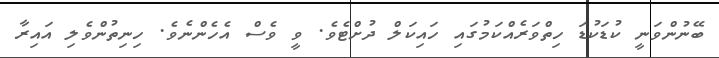
ބޭނުންވަނީ ކުޑަކުޑަ ހިތްވަރެއްކަމުގައި ހައިކަލް ދުށްޓެވެ. ވީ ވެސް އެހެންނެވެ. ހިނިތުންވެލި އައިރާ